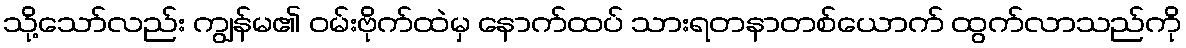
သို့သော်လည်း ကျွန်မ၏ ဝမ်းဗိုက်ထဲမှ နောက်ထပ် သားရတနာတစ်ယောက် ထွက်လာသည်ကို